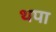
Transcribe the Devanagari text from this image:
थपा